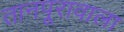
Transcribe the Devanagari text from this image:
तानपूरावाला